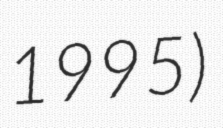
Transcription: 1995)